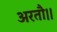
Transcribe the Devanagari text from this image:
अरतौ।।